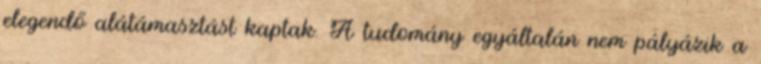
elegendő alátámasztást kaptak. A tudomány egyáltalán nem pályázik a